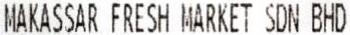
MAKASSAR FRESH MARKET SDN BHD